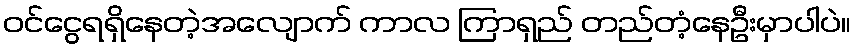
ဝင်ငွေရရှိနေတဲ့အလျောက် ကာလ ကြာရှည် တည်တံ့နေဦးမှာပါပဲ။